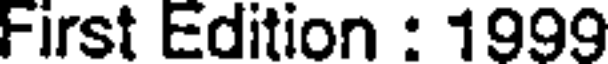
First Edition : 1999